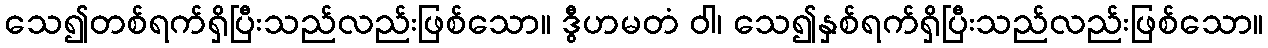
သေ၍တစ်ရက်ရှိပြီးသည်လည်းဖြစ်သော။ ဒွီဟမတံ ဝါ၊ သေ၍နှစ်ရက်ရှိပြီးသည်လည်းဖြစ်သော။